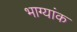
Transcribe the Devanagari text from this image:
भाग्यांक